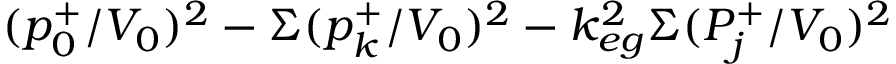
( p _ { 0 } ^ { + } / V _ { 0 } ) ^ { 2 } - \Sigma ( p _ { k } ^ { + } / V _ { 0 } ) ^ { 2 } - k _ { e g } ^ { 2 } \Sigma ( P _ { j } ^ { + } / V _ { 0 } ) ^ { 2 }